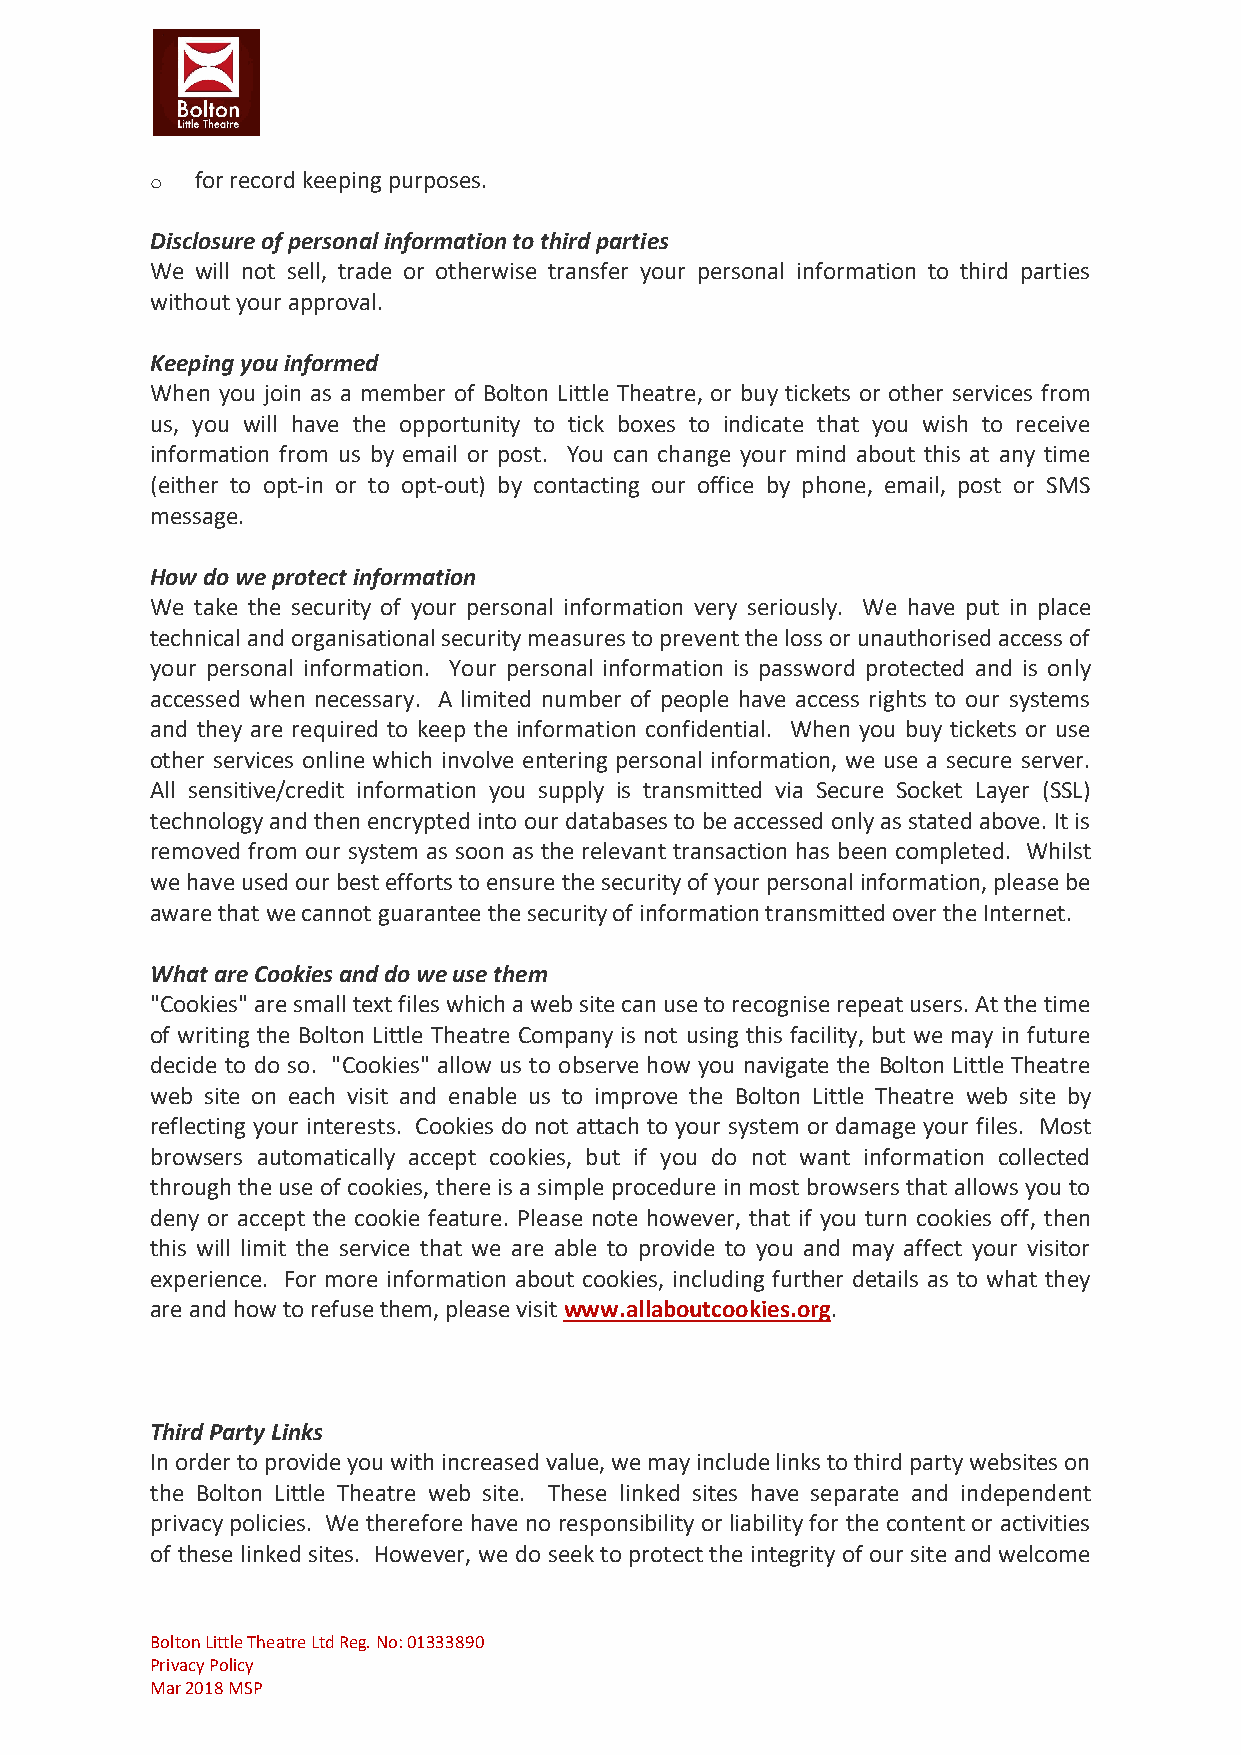
o  for record keeping purposes.
 Disclosure of personal information to third parties
 We will not sell, trade or otherwise transfer your personal information to third parties
 without your approval.
 Keeping you informed
 When you join as a member of Bolton Little Theatre, or buy tickets or other services from
 us, you will have the opportunity to tick boxes to indicate that you wish to receive
 information from us by email or post. You can change your mind about this at any time
 (either to opt-in or to opt-out) by contacting our office by phone, email, post or SMS
 message.
 How do we protect information
 We take the security of your personal information very seriously. We have put in place
 technical and organisational security measures to prevent the loss or unauthorised access of
 your personal information. Your personal information is password protected and is only
 accessed when necessary. A limited number of people have access rights to our systems
 and they are required to keep the information confidential. When you buy tickets or use
 other services online which involve entering personal information, we use a secure server.
 All sensitive/credit information you supply is transmitted via Secure Socket Layer (SSL)
 technology and then encrypted into our databases to be accessed only as stated above. It is
 removed from our system as soon as the relevant transaction has been completed. Whilst
 we have used our best efforts to ensure the security of your personal information, please be
 aware that we cannot guarantee the security of information transmitted over the Internet.
 What are Cookies and do we use them
 "Cookies" are small text files which a web site can use to recognise repeat users. At the time
 of writing the Bolton Little Theatre Company is not using this facility, but we may in future
 decide to do so. "Cookies" allow us to observe how you navigate the Bolton Little Theatre
 web site on each visit and enable us to improve the Bolton Little Theatre web site by
 reflecting your interests. Cookies do not attach to your system or damage your files. Most
 browsers automatically accept cookies, but if you do not want information collected
 through the use of cookies, there is a simple procedure in most browsers that allows you to
 deny or accept the cookie feature. Please note however, that if you turn cookies off, then
 this will limit the service that we are able to provide to you and may affect your visitor
 experience. For more information about cookies, including further details as to what they
 are and how to refuse them, please visit www.allaboutcookies.org.
 Third Party Links
 In order to provide you with increased value, we may include links to third party websites on
 the Bolton Little Theatre web site. These linked sites have separate and independent
 privacy policies. We therefore have no responsibility or liability for the content or activities
 of these linked sites. However, we do seek to protect the integrity of our site and welcome
 Bolton Little Theatre Ltd Reg. No: 01333890
 Privacy Policy
 Mar 2018 MSP